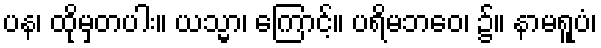
ပန၊ ထိုမှတပါး။ ယသ္မာ၊ ကြောင့်။ ပရိမဘဝေ၊ ၌။ နာမရူပံ၊